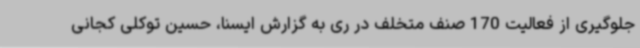
جلوگیری از فعالیت 170 صنف متخلف در ری به گزارش ایسنا، حسین توکلی کجانی